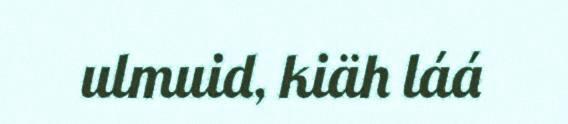
ulmuid, kiäh láá